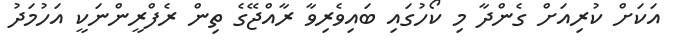
އަކަށް ކުރިއަށް ގެންދާ މި ކޯހުގައި ބައިވެރިވާ ރާއްޖޭގެ ތިން ރެފްރީންނަކީ އަހުމަދު